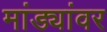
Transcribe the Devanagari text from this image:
मांड्यांवर